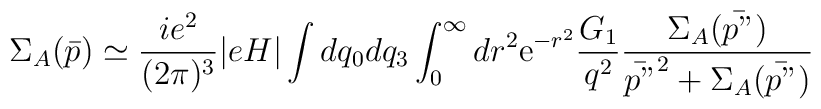
\Sigma_A(\bar{p}) \simeq \frac{i e^2}{(2 \pi)^3} |eH| \int dq_0 dq_3\int_0^\infty dr^2 {\rm e}^{- r^2} \frac{G_1}{q^2} \frac{\Sigma_A(\bar{p"})}{\bar{p"}^2 + \Sigma_A(\bar{p"})}